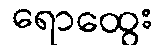
ရောထွေး